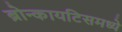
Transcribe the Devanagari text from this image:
ब्रोन्कायटिसमध्ये